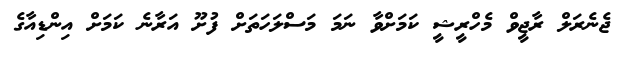
ޖެނެރަލް ރާޖީވް މެހްރީޝީ ކަމަށްވާ ނަމަ މަސްލަހަތަށް ފުށޫ އަރާނެ ކަމަށް އިންޑިއާގެ